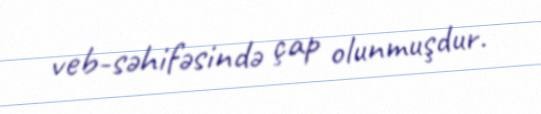
veb-səhifəsində çap olunmuşdur.